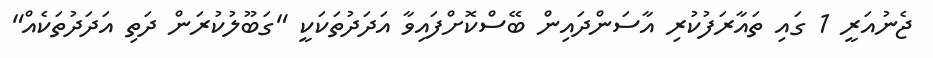
ޖެނުއަރީ 1 ގައި ތައާރަފުކުރި އާސަންދައިން ބޭސްކޮށްފައިވާ އަދަދުތަކަކީ "ގަބޫލުކުރަން ދަތި އަދަދުތަކެއް"